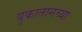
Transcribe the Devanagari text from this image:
युकातानच्या